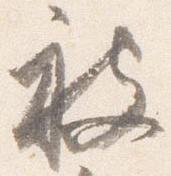
被